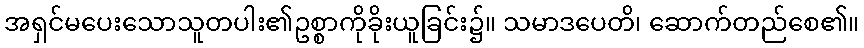
အရှင်မပေးသောသူတပါး၏ဥစ္စာကိုခိုးယူခြင်း၌။ သမာဒပေတိ၊ ဆောက်တည်စေ၏။